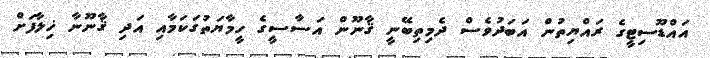
އައްޑޫސިޓީގެ ރައްޔިތުން އަބަދުވެސް ދެމިތިބޭނީ ޤާނޫން އަސާސީގެ ހީމާޔަތުގަކަމާއި އަދި ޤާނޫނާ ޚިލާފަށް